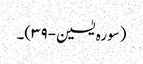
(سورہ یٰسین-۳۹)۔